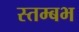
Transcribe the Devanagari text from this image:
स्तम्बभ